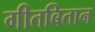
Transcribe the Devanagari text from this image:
गीतबितान